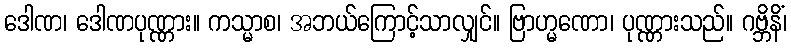
ဒေါဏ၊ ဒေါဏပုဏ္ဏား။ ကသ္မာစ၊ အဘယ်ကြောင့်သာလျှင်။ ဗြာဟ္မဏော၊ ပုဏ္ဏားသည်။ ဂဗ္ဘိနိံ၊